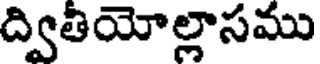
ద్వితియోల్లాసము